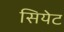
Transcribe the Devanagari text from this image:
सियेट